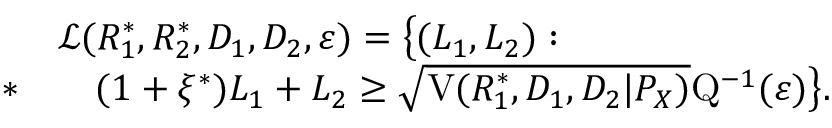
\begin{array} { r l } & { \mathcal { L } ( R _ { 1 } ^ { * } , R _ { 2 } ^ { * } , D _ { 1 } , D _ { 2 } , \varepsilon ) = \big \{ ( L _ { 1 } , L _ { 2 } ) : } \\ { * } & { \quad ( 1 + \xi ^ { * } ) L _ { 1 } + L _ { 2 } \geq \sqrt { \mathrm { V } ( R _ { 1 } ^ { * } , D _ { 1 } , D _ { 2 } | P _ { X } ) } \mathrm { Q } ^ { - 1 } ( \varepsilon ) \big \} . } \end{array}